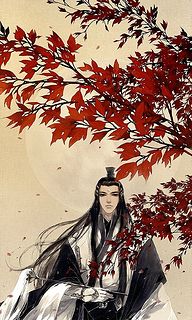
花落花开自有时，总赖东君主。